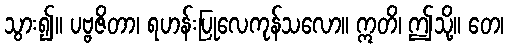
သွား၍။ ပဗ္ဗဇိတာ၊ ရဟန်းပြုလေကုန်သလော။ ဣတိ၊ ဤသို့။ တေ၊